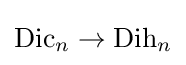
\mathrm {Dic} _{n}\rightarrow \mathrm {Dih} _{n}